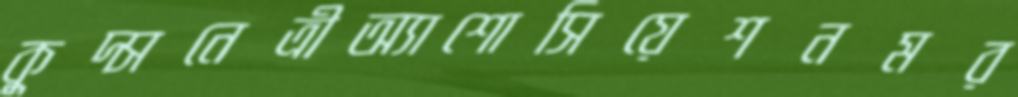
কুদ্সনেত্রীঅ্যাশোসিয়েশনমর